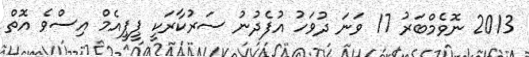
2013 ނޮވެމްބަރު 17 ވަނަ ދުވަހު އުފެދުނު ސަރުކާރަކީ ޕީޕީއެމް އިސްވެ އޮތް